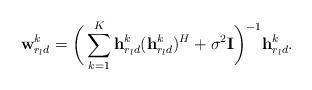
LaTeX: \begin{align*}\textbf{w}_{r_ld}^k=\bigg(\sum\limits_{k=1}^K \textbf{h}_{r_ld}^k(\textbf{h}_{r_ld}^k)^{H}+\sigma^2 \textbf{I}\bigg)^{-1} \textbf{h}_{r_ld}^k.\end{align*}